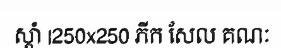
ស្តាំ |250x250 ភីក សែល គណៈ